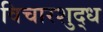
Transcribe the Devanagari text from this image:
विचारशुद्ध